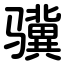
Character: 骥